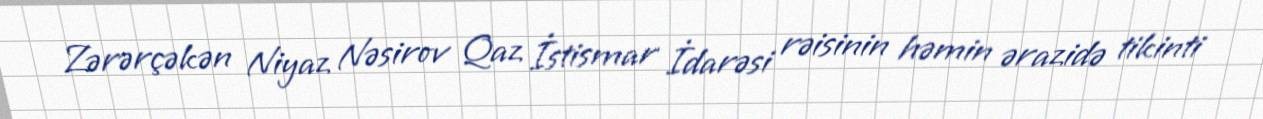
Zərərçəkən Niyaz Nəsirov Qaz İstismar İdarəsi rəisinin həmin ərazidə tikinti